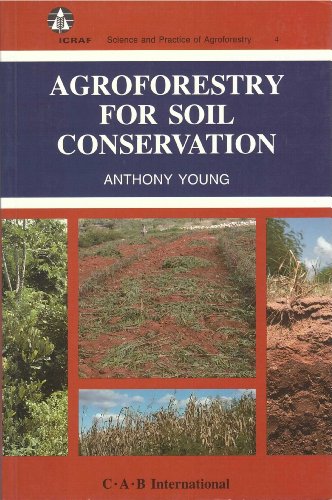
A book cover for Agroforestry for Soil Conservation (Science and Practice of Agroforestry ; 4); Anthony Young; Crafts, Hobbies & Home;